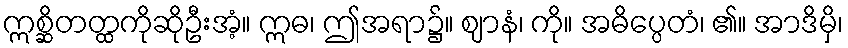
ဣစ္ဆိတတ္ထကိုဆိုဦးအံ့။ ဣဓ၊ ဤအရာ၌။ ဈာနံ၊ ကို။ အဓိပ္ပေတံ၊ ၏။ အာဒိမှိ၊